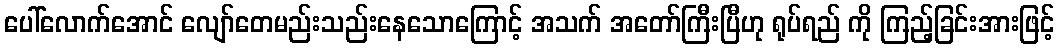
ပေါ်လောက်အောင် လျော်တေမည်းသည်းနေသောကြောင့် အသက် အတော်ကြီးပြီဟု ရုပ်ရည် ကို ကြည့်ခြင်းအားဖြင့်